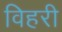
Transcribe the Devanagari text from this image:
विहरी